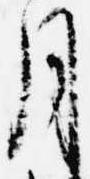
月